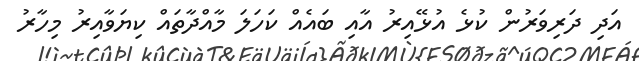
އަދި ދަރިވަރުން ކުޅެ އުޅޭއިރު އާއި ބައެއް ކަހަލަ މާއްދާތައް ކިޔަވާއިރު މިހާރު